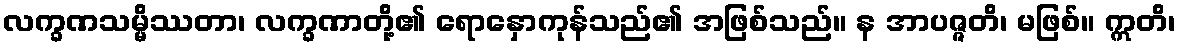
လက္ခဏသမ္မိဿတာ၊ လက္ခဏာတို့၏ ရောနှောကုန်သည်၏ အဖြစ်သည်။ န အာပဇ္ဇတိ၊ မဖြစ်။ ဣတိ၊